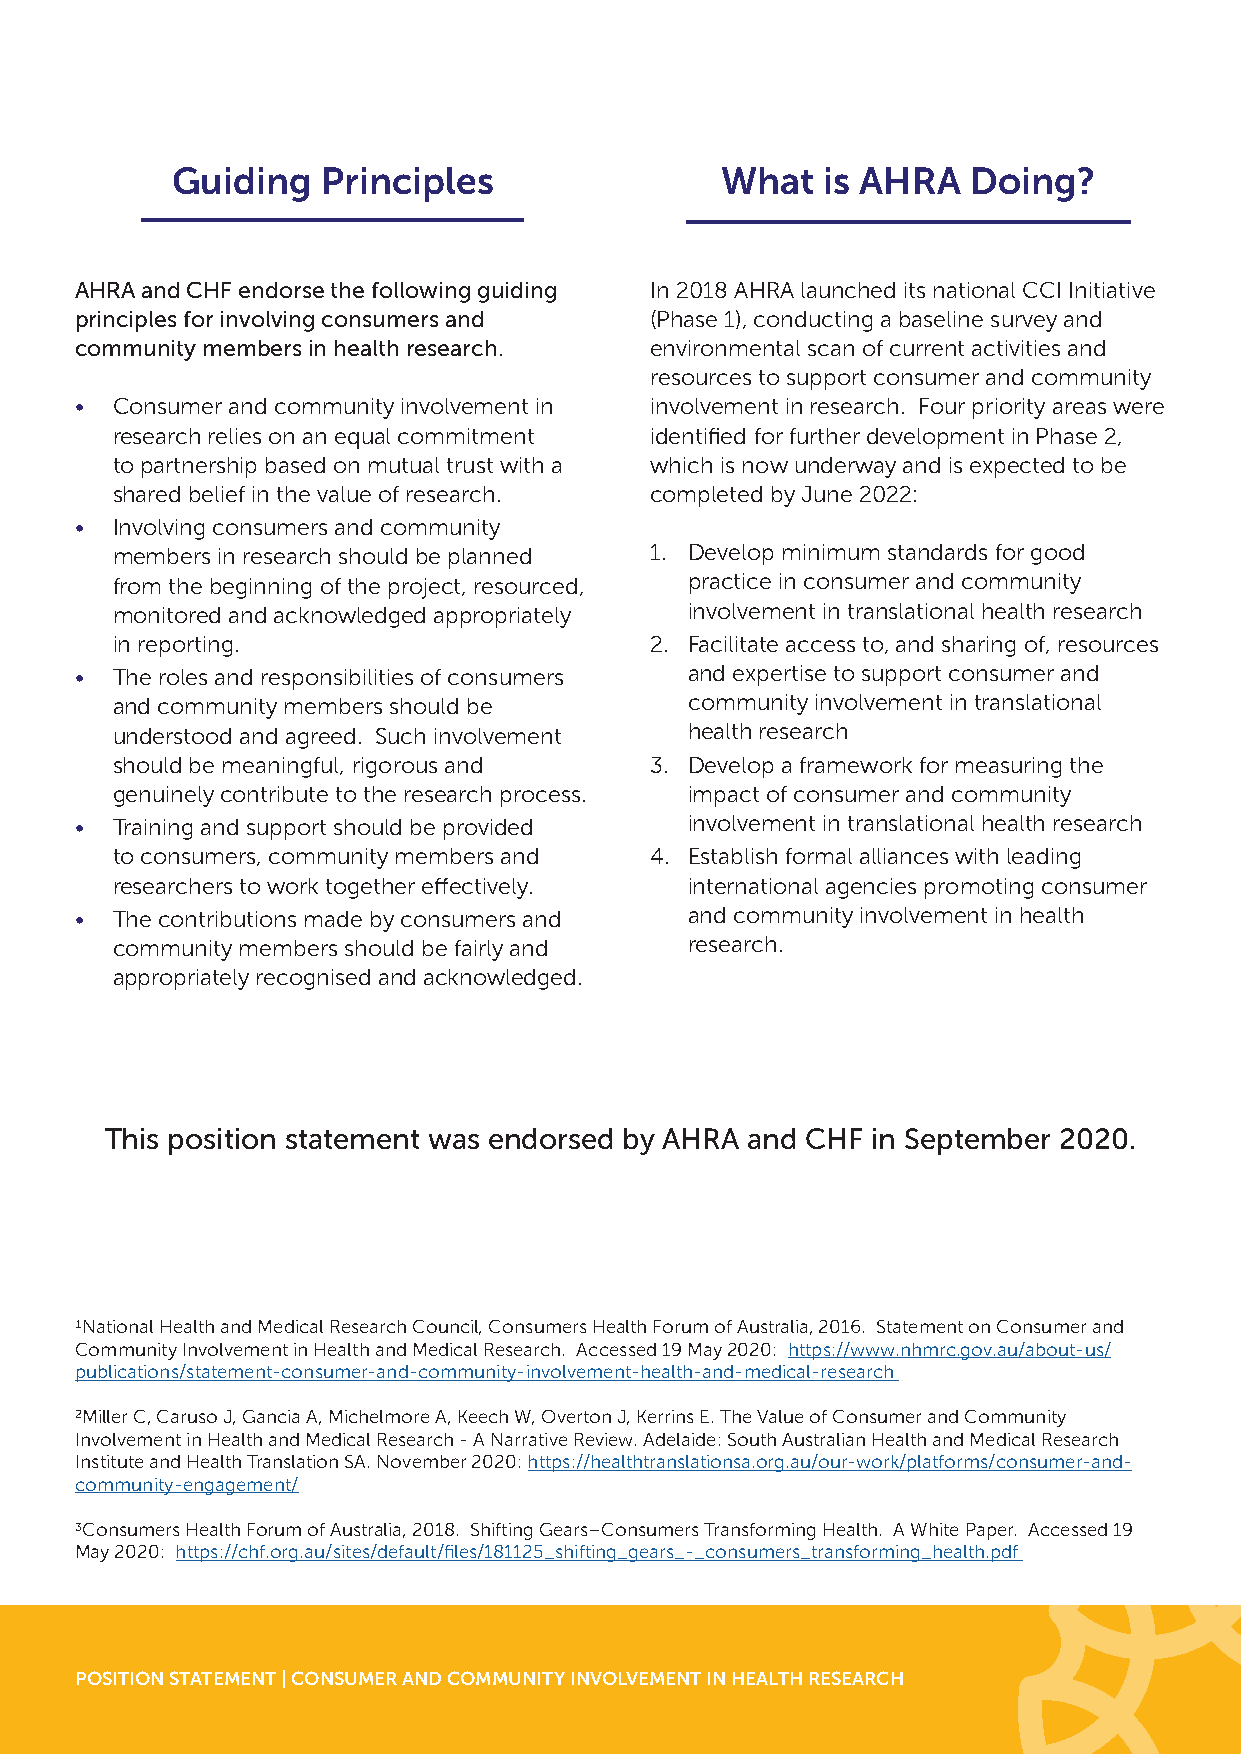
Guiding   Principles                 What  is AHRA   Doing?
 AHRA and CHF endorse the following guiding In 2018 AHRA launched its national CCI Initiative
 principles for involving consumers and (Phase 1), conducting a baseline survey and
 community members in health research. environmental scan of current activities and
 resources to support consumer and community
 • Consumer and community involvement in involvement in research. Four priority areas were
 research relies on an equal commitment identified for further development in Phase 2,
 to partnership based on mutual trust with a which is now underway and is expected to be
 shared belief in the value of research. completed by June 2022:
 • Involving consumers and community
 members in research should be planned 1. Develop minimum standards for good
 from the beginning of the project, resourced, practice in consumer and community
 monitored and acknowledged appropriately involvement in translational health research
 in reporting.                       2. Facilitate access to, and sharing of, resources
 • The roles and responsibilities of consumers and expertise to support consumer and
 and community members should be        community involvement in translational
 understood and agreed. Such involvement health research
 should be meaningful, rigorous and  3. Develop a framework for measuring the
 genuinely contribute to the research process. impact of consumer and community
 • Training and support should be provided involvement in translational health research
 to consumers, community members and 4. Establish formal alliances with leading
 researchers to work together effectively. international agencies promoting consumer
 • The contributions made by consumers and and community involvement in health
 community members should be fairly and research.
 appropriately recognised and acknowledged.
 This position statement was endorsed by AHRA and CHF in September 2020.
 1National Health and Medical Research Council, Consumers Health Forum of Australia, 2016. Statement on Consumer and
 Community Involvement in Health and Medical Research. Accessed 19 May 2020: https://www.nhmrc.gov.au/about-us/
 publications/statement-consumer-and-community-involvement-health-and-medical-research
 2Miller C, Caruso J, Gancia A, Michelmore A, Keech W, Overton J, Kerrins E. The Value of Consumer and Community
 Involvement in Health and Medical Research - A Narrative Review. Adelaide: South Australian Health and Medical Research
 Institute and Health Translation SA. November 2020: https://healthtranslationsa.org.au/our-work/platforms/consumer-and-
 community-engagement/
 3Consumers Health Forum of Australia, 2018. Shifting Gears–Consumers Transforming Health. A White Paper. Accessed 19
 May 2020: https://chf.org.au/sites/default/files/181125_shifting_gears_-_consumers_transforming_health.pdf
 POSITION STATEMENT | CONSUMER AND COMMUNITY INVOLVEMENT IN HEALTH RESEARCH